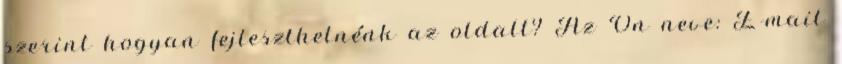
szerint hogyan fejleszthetnénk az oldalt? Az Ön neve: E-mail